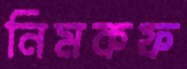
নিমকফ